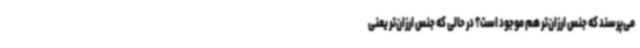
می‌پرسند که جنس ارزان‌تر هم موجود است؟ در حالی که جنس ارزان‌تر یعنی